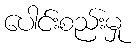
ပေါင်းစည်းမှု